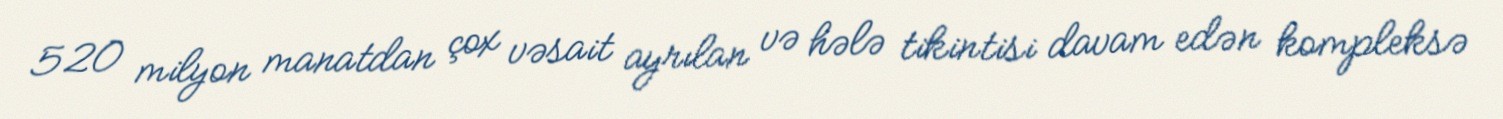
520 milyon manatdan çox vəsait ayrılan və hələ tikintisi davam edən kompleksə